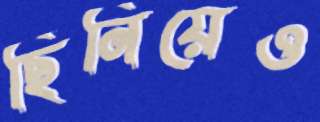
ছিনিয়েও